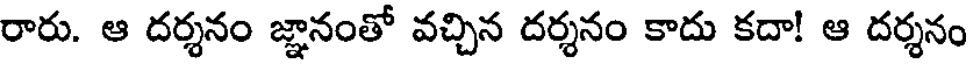
రారు. ఆ దర్శనం జ్ఞానంతో వచ్చిన దర్శనం కాదు కదా! ఆ దర్శనం